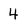
Character: 4